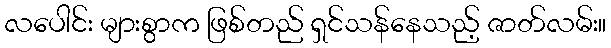
လပေါင်း များစွာက ဖြစ်တည် ရှင်သန်နေသည့် ဇာတ်လမ်း။